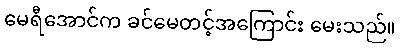
မေရီအောင်က ခင်မေတင့်အကြောင်း မေးသည်။